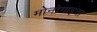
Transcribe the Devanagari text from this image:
मोनोगाइना